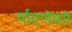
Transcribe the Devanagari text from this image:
र्माटगोमरी